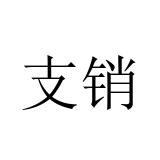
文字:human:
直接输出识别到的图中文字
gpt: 支销